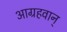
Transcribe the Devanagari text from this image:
आग्रहवान्‌